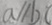
a / / b c